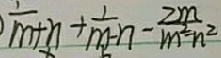
\frac { 1 } { m + n } + \frac { 1 } { m - n } - \frac { 2 m } { m ^ { 2 } - n ^ { 2 } }